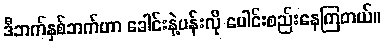
ဒီဘက်နှစ်ဘက်ဟာ ခေါင်းနဲ့ပန်းလို ပေါင်းစည်းနေကြတယ်။